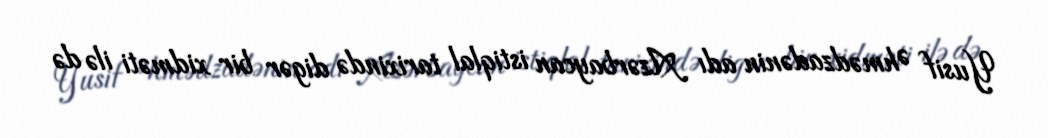
Yusif Əhmədzadənin adı Azərbaycan istiqlal tarixində digər bir xidməti ilə də